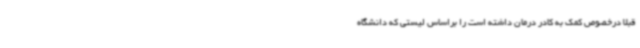
قبلا درخصوص کمک به کادر درمان داشته است را براساس لیستی که دانشگاه